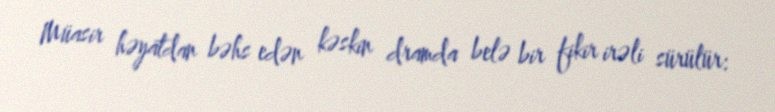
Müasir həyatdan bəhs edən kəskin dramda belə bir fikir irəli sürülür: